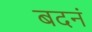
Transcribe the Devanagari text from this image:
बदनं